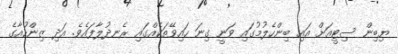
ޔިބިން ސިޓީއަށް އައި ބިންހެލުމުގައި ވަނީ ގިނަ ހައިވޭތަކެއްގައި ރެނދުލާފައެވެ. އަދި ޒިންހުއާގެ